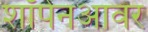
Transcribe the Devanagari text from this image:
शॉपेनआवर